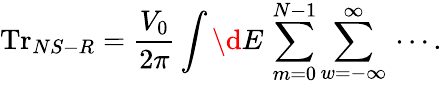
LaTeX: \mathrm{Tr}_{NS-R}=\frac{V_{0}}{2\pi}\int\d E\, \sum_{m=0}^{N-1}\sum_{w=-\infty}^{\infty}\, \cdots.